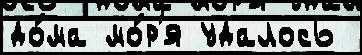
до́ма мо́р'я удалось